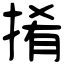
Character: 𢯎